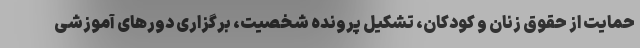
حمایت از حقوق زنان و کودکان، تشکیل پرونده شخصیت، برگزاری دورهای آموزشی